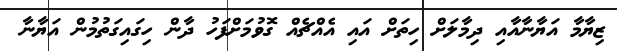
ޒިޔާމާ އަޔާނާއާއި ދިމާލަށް ހިތަށް އައި އެއްޗެއް ގޮވުމަށްފަހު ދާން ހިގައިގަތުމުން އަޔާނާ